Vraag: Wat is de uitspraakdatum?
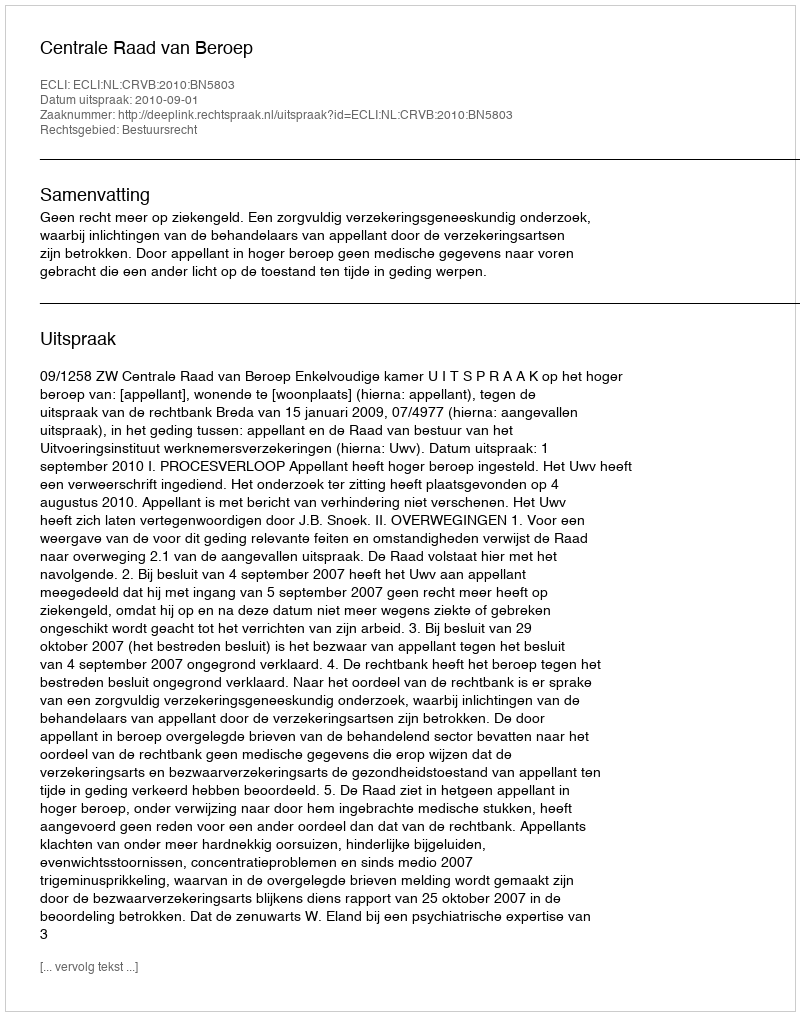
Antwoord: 2010-09-01